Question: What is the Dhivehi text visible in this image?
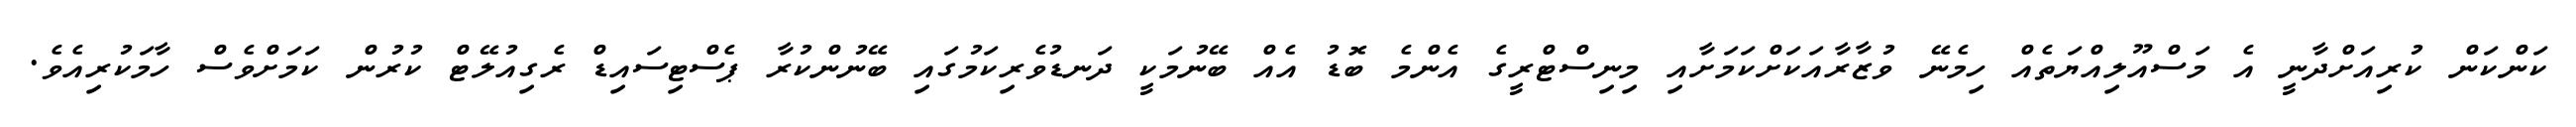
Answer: ކަންކަން ކުރިއަށްދާނީ އެ މަސްއޫލިއްޔަތެއް ހިމެނޭ ވުޒާރާއަކަށްކަމަށާއި މިނިސްޓްރީގެ އެންމެ ބޮޑު އެއް ބޭނުމަކީ ދަނޑުވެރިކަމުގައި ބޭނުންކުރާ ޕެސްޓިސައިޑް ރެގިއުލޭޓް ކުރުން ކަމަށްވެސް ހާމަކުރިއެވެ.